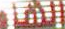
الهاء